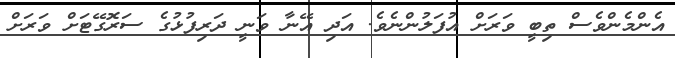
އެންމެންވެސް ތިބީ ވަރަށް އުފަލުންނެވެ. އަދި އޭނާ ވަނީ ދަރިފުޅުގެ ސަރޮގޭޓަށް ވަރަށް